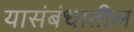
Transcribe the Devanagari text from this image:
यासंबंधातील